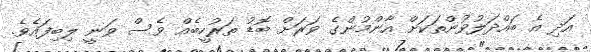
އަދި އެ ބައްދަލުވުންތަކަށް އާންމުންގެ ވަރަށް ބޮޑު ތަރުހީބެއް ވެސް ވަނީ ލިބިފައެވެ.